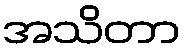
အသိတာ